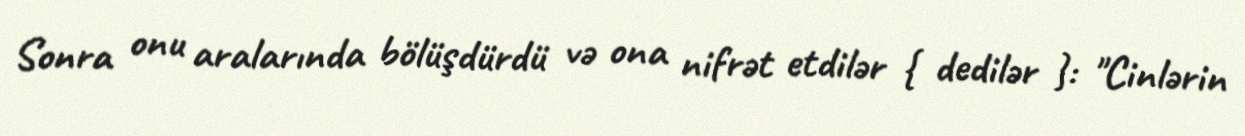
Sonra onu aralarında bölüşdürdü və ona nifrət etdilər { dedilər }: "Cinlərin